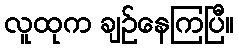
လူထုက ချဉ်နေကြပြီ။